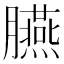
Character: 臙